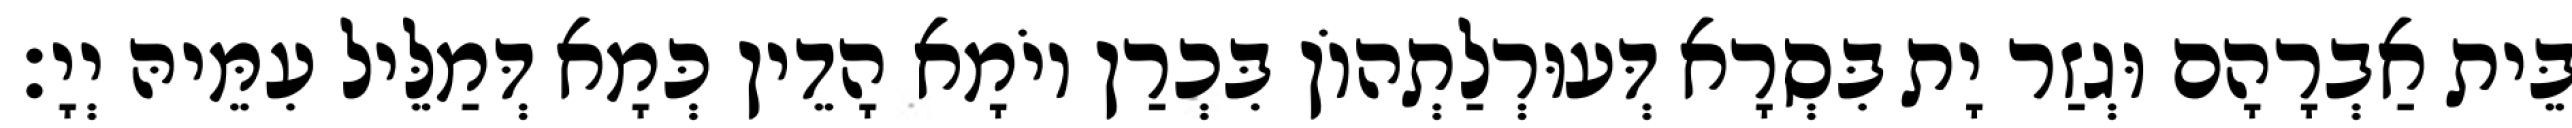
בֵּית אַבְרָהָם וּגְזַר יָת בִּסְרָא דְּעוּרְלַתְהוֹן בִּכְרַן יוֹמָא הָדֵין כְּמָא דְּמַלֵּיל עִמֵּיהּ יְיָ׃